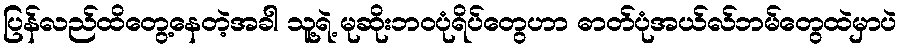
ပြန်လည်ထိတွေ့နေတဲ့အခါ သူ့ရဲ့ မုဆိုးဘဝပုံရိပ်တွေဟာ ဓာတ်ပုံအယ်လ်ဘမ်တွေထဲမှာပဲ